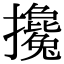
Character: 攙